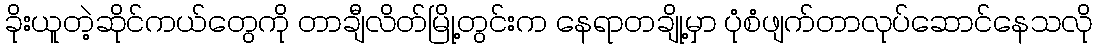
ခိုးယူတဲ့ဆိုင်ကယ်တွေကို တာချီလိတ်မြို့တွင်းက နေရာတချို့မှာ ပုံစံဖျက်တာလုပ်ဆောင်နေသလို